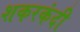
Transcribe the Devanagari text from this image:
शकरकंदी